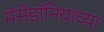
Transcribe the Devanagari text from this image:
मॅसेडॉनियाच्या